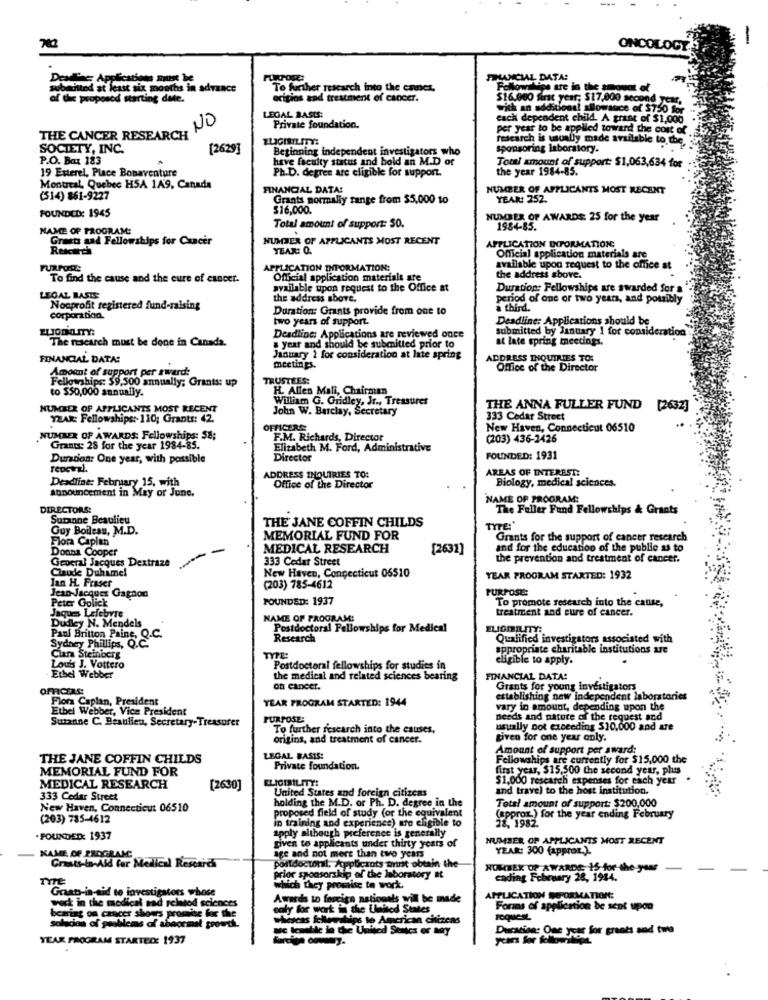
-
782
ONCOLOGY
Applications suist be
FINANCIAL DATA:
sobaited at least six months in advance
To further research into the cannes,
Followilips are in the stoout of
of the proposed starting date.
ocipios and treatment of cancer.
$16.000 first year; $17,000 second year,
with an additional allowance of 3750 for
LEGAL BASES:
each dependent child. A grant of $1,000
THE CANCER RESEARCH NO
Private foundation.
per year to be appiled toward the cost of
research is usually made available to the.
SOCIETY, INC.
[2629]
Beginning independent investigators who
sponsoring laboratory.
P.O. Box 183
have faculty status and bold an M.D of
Total amount of support: $1,063,634 for
19 Esterel, Place Bonaventure
Ph.D. degree are eligible for support.
the year 1984-85.
Montreal, Quebec HSA 1A9, Canada
FINANCIAL DATA:
NUMBER OF APPLICANTS MOST RECENT
(514) 861-9227
Grants normally range from $5.000 to
YEAR: 252.
$16,000.
FOUNDED: 1945
NUMBER OF AWARDS: 25 for the year
NAME OF PROGRAM:
Total amount of support: 50.
1984-85.
Grants and Fellowships for Cancer
NUMBER OF APPLICANTS MOST RECENT
YEAR: Q.
APPLICATION DIFORMATION
Official application materials are
APPLICATION INFORMATION:
available upon request to the office at
To find the cause and the cure of cancer.
Official application materials are
the address above.
available upon request to the Office at
Duration: Fellowships are awarded for a
LEGAL BASIS:
the address above.
period of one or two years, and possibly
Nonprofit registered fund-raising
Duration: Grants provide from one to
a third.
corporation.
two years of support.
Deadline: Applications should be
submitted by January 1 for consideration
The research must be done in Canada.
Deadline: Applications are reviewed once
at late spring meetings.
a year and should be submitted prior to
FINANCIAL DATA:
January 1 for consideration at late spring
ADDRESS INQUIRIES TO:
Amount of support per award:
meetings.
Office of the Director
Fellowships: 59,500 annually; Grants: up
TRUSTEES:
to $50,000 annually.
H. Alles Mali, Chairman
William G. Gridley, Jr ., Treasures
NUMBER OF APPLICANTS MOST RECENT
John W. Barclay, Secretary
THE ANNA FULLER FUND [2632]
YZAR Fellowships :- 110; Grants: 42
333 Cedar Street
OFFICERS
New Haven, Connecticut 06510
NUMBER OF AWARDS: Fellowships: S8;
F.M. Richards, Director
(203) 436-2426
Grants: 28 for the year 1984-85.
Elizabeth M. Ford, Administrative
Duration: One year, with possible
Director
FOUNDED: 1931
AREAS OF INTEREST:
Deadline: February 15, with
ADDRESS THQUIRIES TO:
Biology, medical sciences.
Office of the Director
announcement in May or June.
NAME OF PROGRAM:
DIRECTORS:
The Fuller Fand Fellowships & Grants
Suzanne Beaulieu
THE JANE COFFIN CHILDS
Guy Boiless, M.D.
TYPE:
Flora Caplan
MEMORIAL FUND FOR
Grants for the support of cancer research
Donna Cooper
-
MEDICAL RESEARCH
[2632]
and for the education of the public ys to
General Jacques Dextraze
333 Cedar Street
the prevention and treatment of cancer.
Claude Duhamel
Jan H. Fraser
New Haven, Connecticut 06510
YEAR PROGRAM STARTED: 1932
(203) 785-4612
PURPOSE:
Jean-Jacques Gagnon
Peter Golick
ques
POUNDED: 1937
To promote research into the cause,
Jaques Lefebvre
treatment and eure of cancer.
Dudicy N. Mendels
NAME OF PROGRAM:
Paul Britton Paine, Q.C.
Postdoctoral Fellowships for Medical
Sydney Phillips, Q.C.
Research
Qualified investigators associated with
appropriate charitable institutions are
Clara Steinberg
TYPE:
eligible to apply.
. Etbel Webber
Louis J. Vottero
Postdoctoral fellowships for studies in
the medical and related sciences bearing
FINANCIAL DATA:
OFFICERS:
on cancer.
Grants for young investigators
Flora Caplan, President
YEAR PROGRAM STARTED: 1944
establishing new independent laboratories
Etbel Webber, Vice President
vary in amount, depending upon the
Susanne C. Beaulieu, Secretary-Treasurer
PURPOSE:
needs and nature of the request and
To further research into the causes,
usually not exceeding $10,000 and are
origins, and treatment of cancer.
given for one year only.
Amount of support per award:
THE JANE COFFIN CHILDS
LEGAL BASIS:
Fellowships are currently for $15,000 the
MEMORIAL FUND FOR
Private foundation.
first year, $15.500 the second year, plus
ELIGIBILITY:
$1,000 research expenses for each year
MEDICAL RESEARCH
[2630]
United States and foreign citizens
and travel to the host institution.
333 Cedar Street
Total amount of support: $200,000
New Haven, Connecticut 06510
holding the M.D. or Ph. D. degree in the
proposed field of study (or the equivalent
(203) 785-4612
in training and experience) are eligible to
(approx) for the year ending February
apply although preference is generally
28, 1982.
.FOUNDED: 1937
given to applicants under thirty years of
NUMBER OF APPLICANTS MOST RECENT
YEAR: 300 (approx.).
KAME OF PROGRAM:
Graats-to-Ald for Medical Researas
age and not more than two years
postdoctoral. Applicants minst obtain the
NUMBER OF AWARDE 15 for the year
prior sponsorskip of the laboratory at
ending February 28, 1944.
Graats-in-aid to lovestigators whose
which they promise to work.
work in the medical and related sciences
Awards to foreign nationals will be made
APPLICATION SEPORMATION:
Scartet on cancer shows promise for the
soly for work in the United States
Forms of applica
application be sent upon
Whescas followratips to American chinens
POQUEEL
Solucion of problems of abacemal growth.
MC Iemibile in the United Sentes or say
Ducation: One year for grants and two
YEAR PROGRAM STARTED: 1937
forcion oownery.